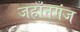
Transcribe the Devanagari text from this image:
जहाँनगंज